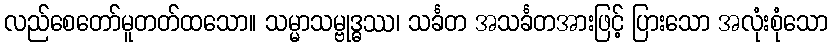
လည်စေတော်မူတတ်ထသော။ သမ္မာသမ္ဗုဒ္ဓဿ၊ သင်္ခတ အသင်္ခတအားဖြင့် ပြားသော အလုံးစုံသော